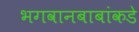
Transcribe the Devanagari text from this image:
भगवानबाबांकडे